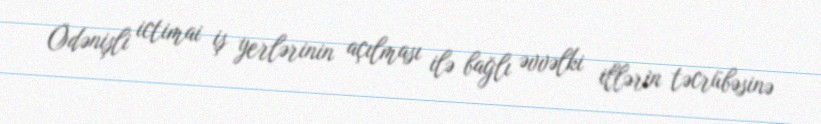
Ödənişli ictimai iş yerlərinin açılması ilə bağlı əvvəlki illərin təcrübəsinə